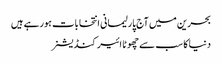
بحرین میں آج پارلیمانی انتخابات ہورہے ہیں
دنیا کا سب سے چھوٹا ائیر کنڈیشنر